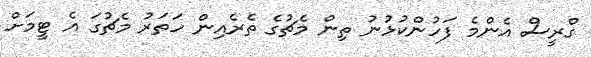
ގްރީސް އެންމެ ފަހުންކުޅުނު ތިން މެޗުގެ ތެރެއިން ހަތަރު މެޗުގަ އެ ޓީމަށް